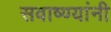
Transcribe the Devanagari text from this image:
सवाष्ण्यांनी